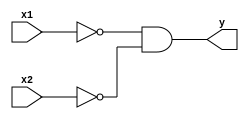
module not_and(x1, x2, y);
    input   x1, x2;
    output  y;

    assign y = ~x1 & ~x2;
endmodule